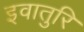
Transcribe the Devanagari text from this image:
इवातुरि